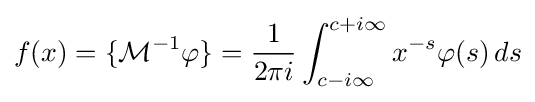
f(x)=\{{\mathcal {M}}^{-1}\varphi \}={\frac {1}{2\pi i}}\int _{c-i\infty }^{c+i\infty }x^{-s}\varphi (s)\,ds